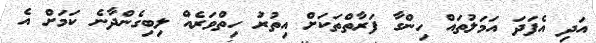
އަދި އެފަދަ އަމަލުތައް ހިންގާ ފަރާތްތަކަށް އިތުރު ހިތްވަރެއް ލިބިގެންދާނެ ކަމަށް އެ